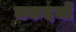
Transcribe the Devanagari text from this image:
मकदमों